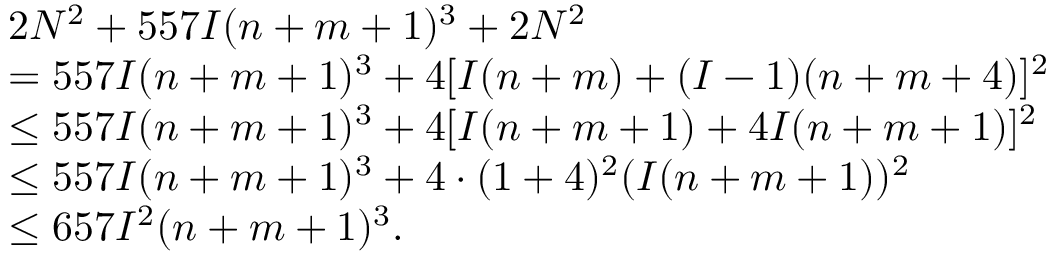
\begin{array} { r l } & { 2 N ^ { 2 } + 5 5 7 I ( n + m + 1 ) ^ { 3 } + 2 N ^ { 2 } } \\ & { = 5 5 7 I ( n + m + 1 ) ^ { 3 } + 4 [ I ( n + m ) + ( I - 1 ) ( n + m + 4 ) ] ^ { 2 } } \\ & { \leq 5 5 7 I ( n + m + 1 ) ^ { 3 } + 4 [ I ( n + m + 1 ) + 4 I ( n + m + 1 ) ] ^ { 2 } } \\ & { \leq 5 5 7 I ( n + m + 1 ) ^ { 3 } + 4 \cdot ( 1 + 4 ) ^ { 2 } ( I ( n + m + 1 ) ) ^ { 2 } } \\ & { \leq 6 5 7 I ^ { 2 } ( n + m + 1 ) ^ { 3 } . } \end{array}